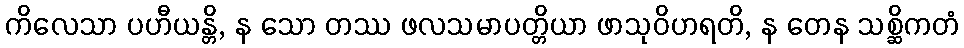
ကိလေသာ ပဟီယန္တိ, န သော တဿ ဖလသမာပတ္တိယာ ဖာသုဝိဟရတိ, န တေန သစ္ဆိကတံ